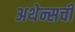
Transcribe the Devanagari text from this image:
अथेन्सची